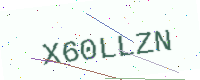
Text: X60LLZN